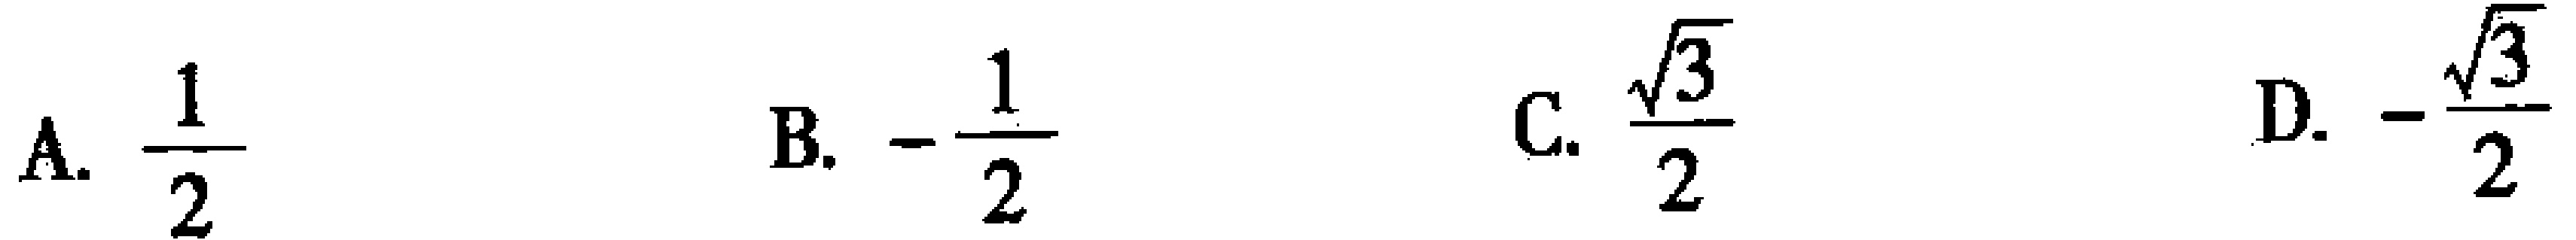
A. $\frac{1}{2}$  B. $-\frac{1}{2}$  C. $\frac{\sqrt{3}}{2}$  D. $-\frac{\sqrt{3}}{2}$